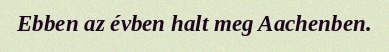
Ebben az évben halt meg Aachenben.